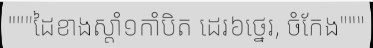
"""ដៃខាងស្តាំ១កាំបិត ដេរ៦ថ្នេរ, ចំកែង"""